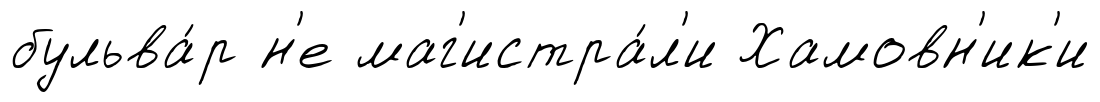
бульва́р н'е маг'истра́л'и Хамовн'ик'и